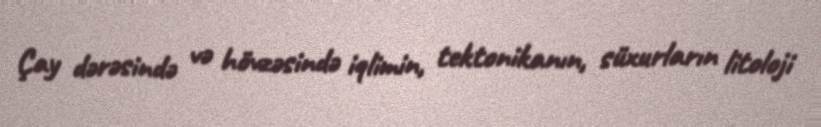
Çay dərəsində və hövzəsində iqlimin, tektonikanın, süxurların litoloji